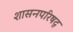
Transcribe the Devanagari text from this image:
शासनपरिषद्